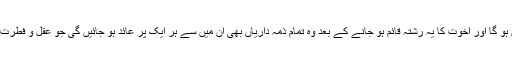
اُن میں اور پہلے ایمان لانے والوں کے حقوق و فرائض میں کوئی فرق نہیں ہو گا اور اخوت کا یہ رشتہ قائم ہو جانے کے بعد وہ تمام ذمہ داریاں بھی اُن میں سے ہر ایک پر عائد ہو جائیں گی جو عقل و فطرت کی رو سے ایک بھائی پر اُس کے بھائی کے بارے میں عائد ہونی چاہییں۔